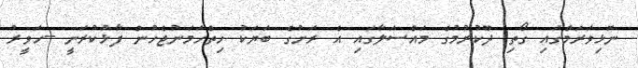
ނޮޅިވަރަމްގައި ގޯތި ދޫކުރުމުގެ މައްސަލާގައި އެ ރަށުގެ ބަޔަކު ހިތްހަމަނުޖެހުން ފާޅުކުރަނީ --ހަވީރު